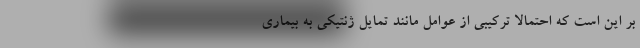
بر این است که احتمالا ترکیبی از عوامل مانند تمایل ژنتیکی به بیماری